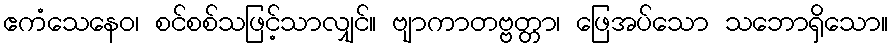
ဧကံသေနေဝ၊ စင်စစ်သဖြင့်သာလျှင်။ ဗျာကာတဗ္ဗတ္တာ၊ ဖြေအပ်သော သဘောရှိသော။